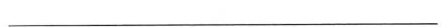
___